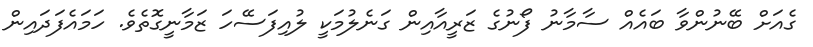
ގެއަށް ބޭނުންވާ ބައެއް ސާމާނު ފޯނުގެ ޒަރީއާއިން ގަނެލުމަކީ ލުއިފަސޭހަ ޒަމާނީގޮތެވެ. ހަމައެފަދައިން